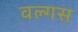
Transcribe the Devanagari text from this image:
वल्गस